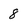
Character: 8